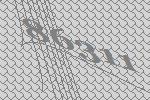
86311